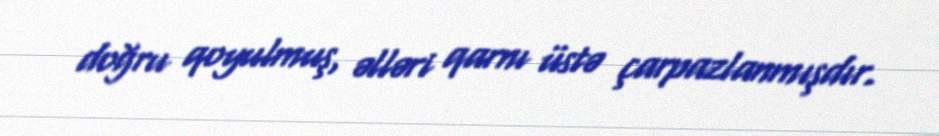
doğru qoyulmuş, əlləri qarnı üstə çarpazlanmışdır.